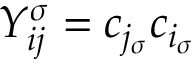
Y _ { i j } ^ { \sigma } = c _ { { j _ { \sigma } } } c _ { { i _ { \sigma } } }